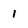
Character: 1